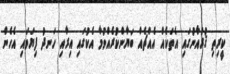
ކީރިތި ޤުރުއާނުގައި އެތަކެއް އެއްޗެއް ބަޔާންކުރެއްވުމާ އެކުގައި އިރާއި ހަނދު ފިޔަވައި އެހެން